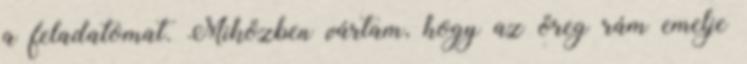
a feladatomat. Miközben vártam, hogy az öreg rám emelje